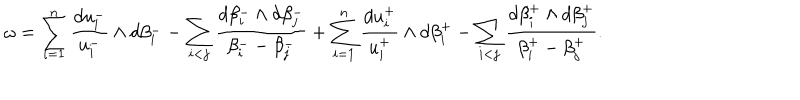
LaTeX: \omega = \sum _ { i = 1 } ^ { n } \frac { d u _ { i } ^ { - } } { u _ { i } ^ { - } } \wedge d \beta _ { i } ^ { - } - \sum _ { i < j } \frac { d \beta _ { i } ^ { - } \wedge d \beta _ { j } ^ { - } } { \beta _ { i } ^ { -- } \beta _ { j } ^ { - } } + \sum _ { i = 1 } ^ { n } \frac { d u _ { i } ^ { + } } { u _ { i } ^ { + } } \wedge d \beta _ { i } ^ { + } - \sum _ { i < j } \frac { d \beta _ { i } ^ { + } \wedge d \beta _ { j } ^ { + } } { \beta _ { i } ^ { + } - \beta _ { j } ^ { + } } .